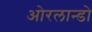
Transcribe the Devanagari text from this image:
ओरलान्डो